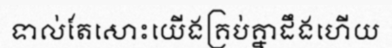
ទាល់តែសោះយើងគ្រប់គ្នាដឹងហើយ